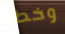
وخطر